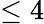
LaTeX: \leq 4